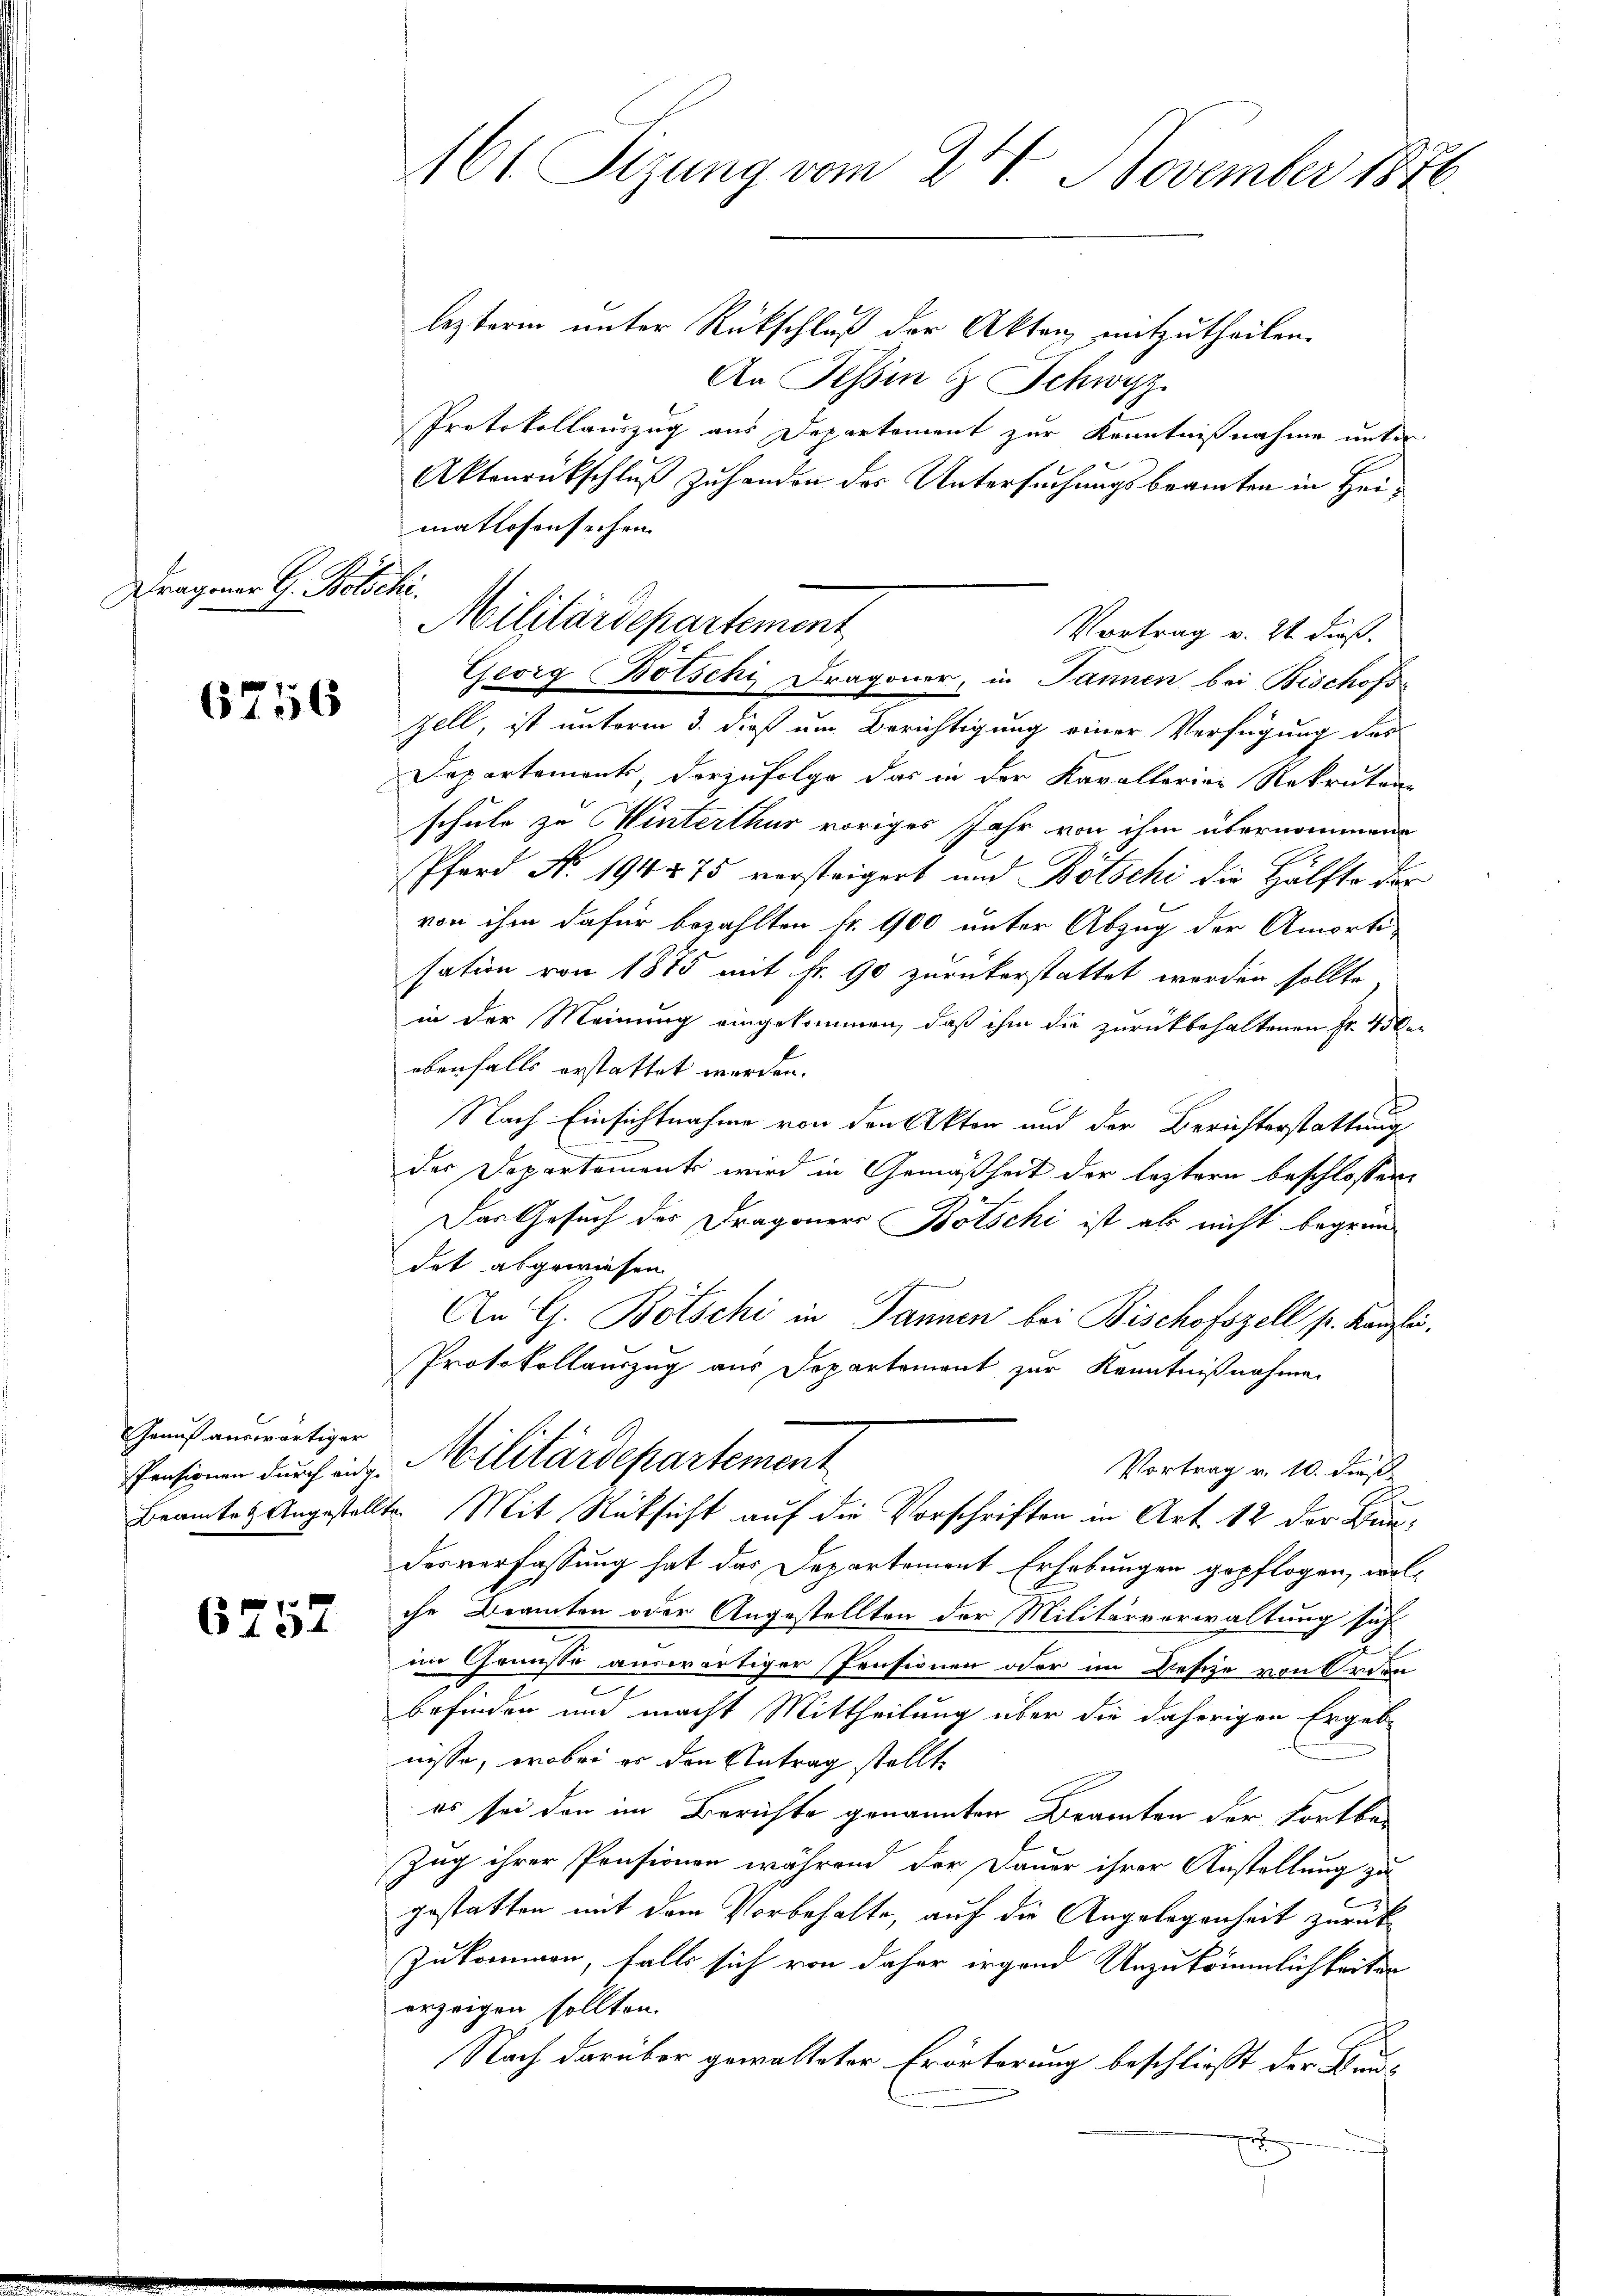
Dragoner G. Botschi

6756

Grauß auswärtiger

6752

161 Sizung vom 24. November 1870.

Militärdepartement
Georg Botschy Dragoner, in Jannen bei Bischofs-

lezterm unter Rückschluß der Akten mitzutheilen.
An Tessin & Schwyz
Protokollauszug aus Departement zur Kenntnißnahme unter
Aktenrückschluß zuhanden des Untersuchungsbeamten in Heimatlosensachen
Vortrag v. 21 dieß.
Zell, ist unterm 3. dieß um Berichtigung einer Verfügung des
Departements, vorzufolge das in der Kavallarian Rekruten-
schule zu Winterthur voriges Jahr von ihm übernommene
Pferd No. 194875 vorsteigert und Bötschi die Hälfte der
von ihm dafür bezahlten fr. 100 unter Abzug der Amorti-
sation von 1875 mit Fr. 90 zurückerstattet worden sollte
in der Meinung eingekommen, daß ihm die zurückbehaltenen Fr. 45 be-
ebenfalls erstattet werden.
Nach Einsichtnahme von den Akten und der Berichterstattung
der Departements wird in Gemäßheit der leztern beschlossene
Das Gesuch des Dragoner Botschi ist als nicht begründet abgewiesen.
An G. Botschi in Tannen bei Bischofszell pr. Kanzlei.
Protokollauszug aus Departement zur Kenntnißnahme
Pensionen durch in Militärdepartement
Vortrag v. 10. dies
Beamte Angestellte. Mit Rücksicht auf die Vorschriften in Art. 12 der Bundesverfassung hat das Departement Erhebungen gepflogen, wolche Beamten oder Angestellten der Militärverwaltung sich
in Grünste auswärtiger Pensionen oder im Besche von Orden
e
befinden und macht Mittheilung über die daherigen Ergeb-
nisse, wobei er den Antrag stellte
es sei den im Berichte genannten Branten der Fortbe¬
Zug ihrer Pensionen während der Dauer ihrer Anstellung zu
gestatten mit dem Vorbehalte, auf die Angelegenheit zurück
Zukommen, falls sich von daher irgend Unzukömmlichkeiten
orzeigen sollten.
Nach darüber gewalteter Erörterung beschließt der Bau
t